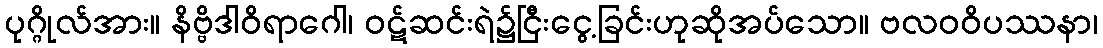
ပုဂ္ဂိုလ်အား။ နိဗ္ဗိဒါဝိရာဂေါ၊ ဝဋ်ဆင်းရဲ၌ငြီးငွေ့ခြင်းဟုဆိုအပ်သော။ ဗလဝဝိပဿနာ၊